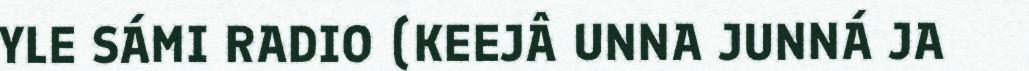
YLE SÁMI RADIO (KEEJÂ UNNA JUNNÁ JA